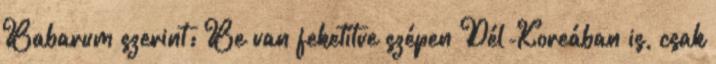
Babarum szerint: Be van feketítve szépen Dél-Koreában is, csak